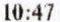
10:47